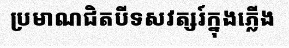
ប្រមាណជិតបីទសវត្សរ៍ក្នុងភ្លើង